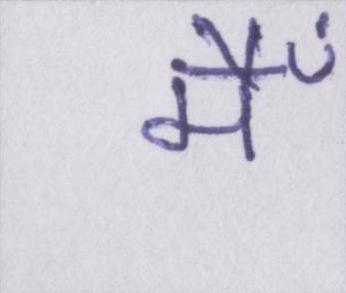
मैँ